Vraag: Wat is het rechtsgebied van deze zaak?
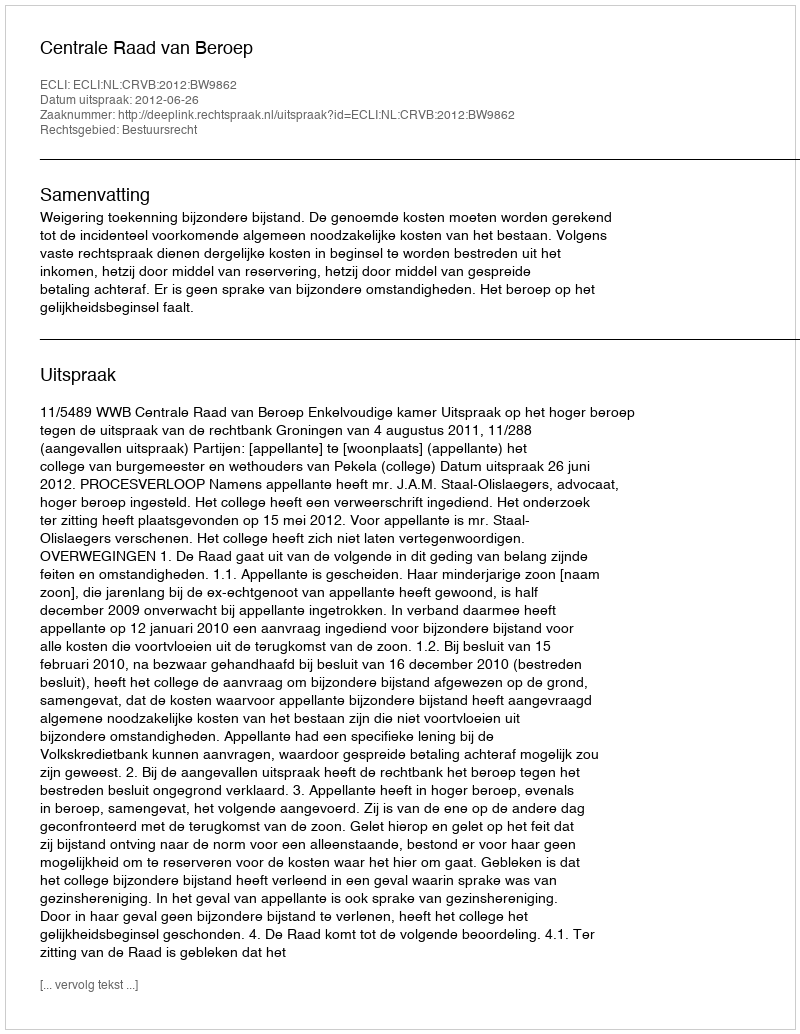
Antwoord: Bestuursrecht